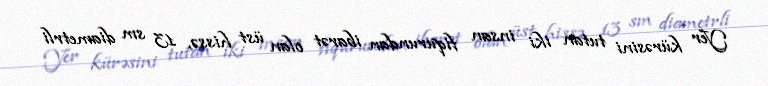
Yer kürəsini tutan iki insan fiqurundan ibarət olan üst hissə, 13 sm diametrli